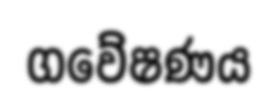
ගවේෂණය